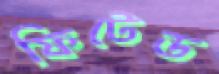
ফিটেড